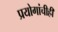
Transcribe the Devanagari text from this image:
प्रयोगांचीही